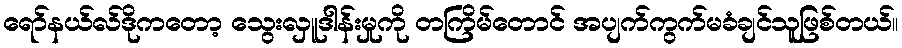
ရော်နယ်လ်ဒိုကတော့ သွေးလှူဒါန်းမှုကို တကြိမ်တောင် အပျက်ကွက်မခံချင်သူဖြစ်တယ်။